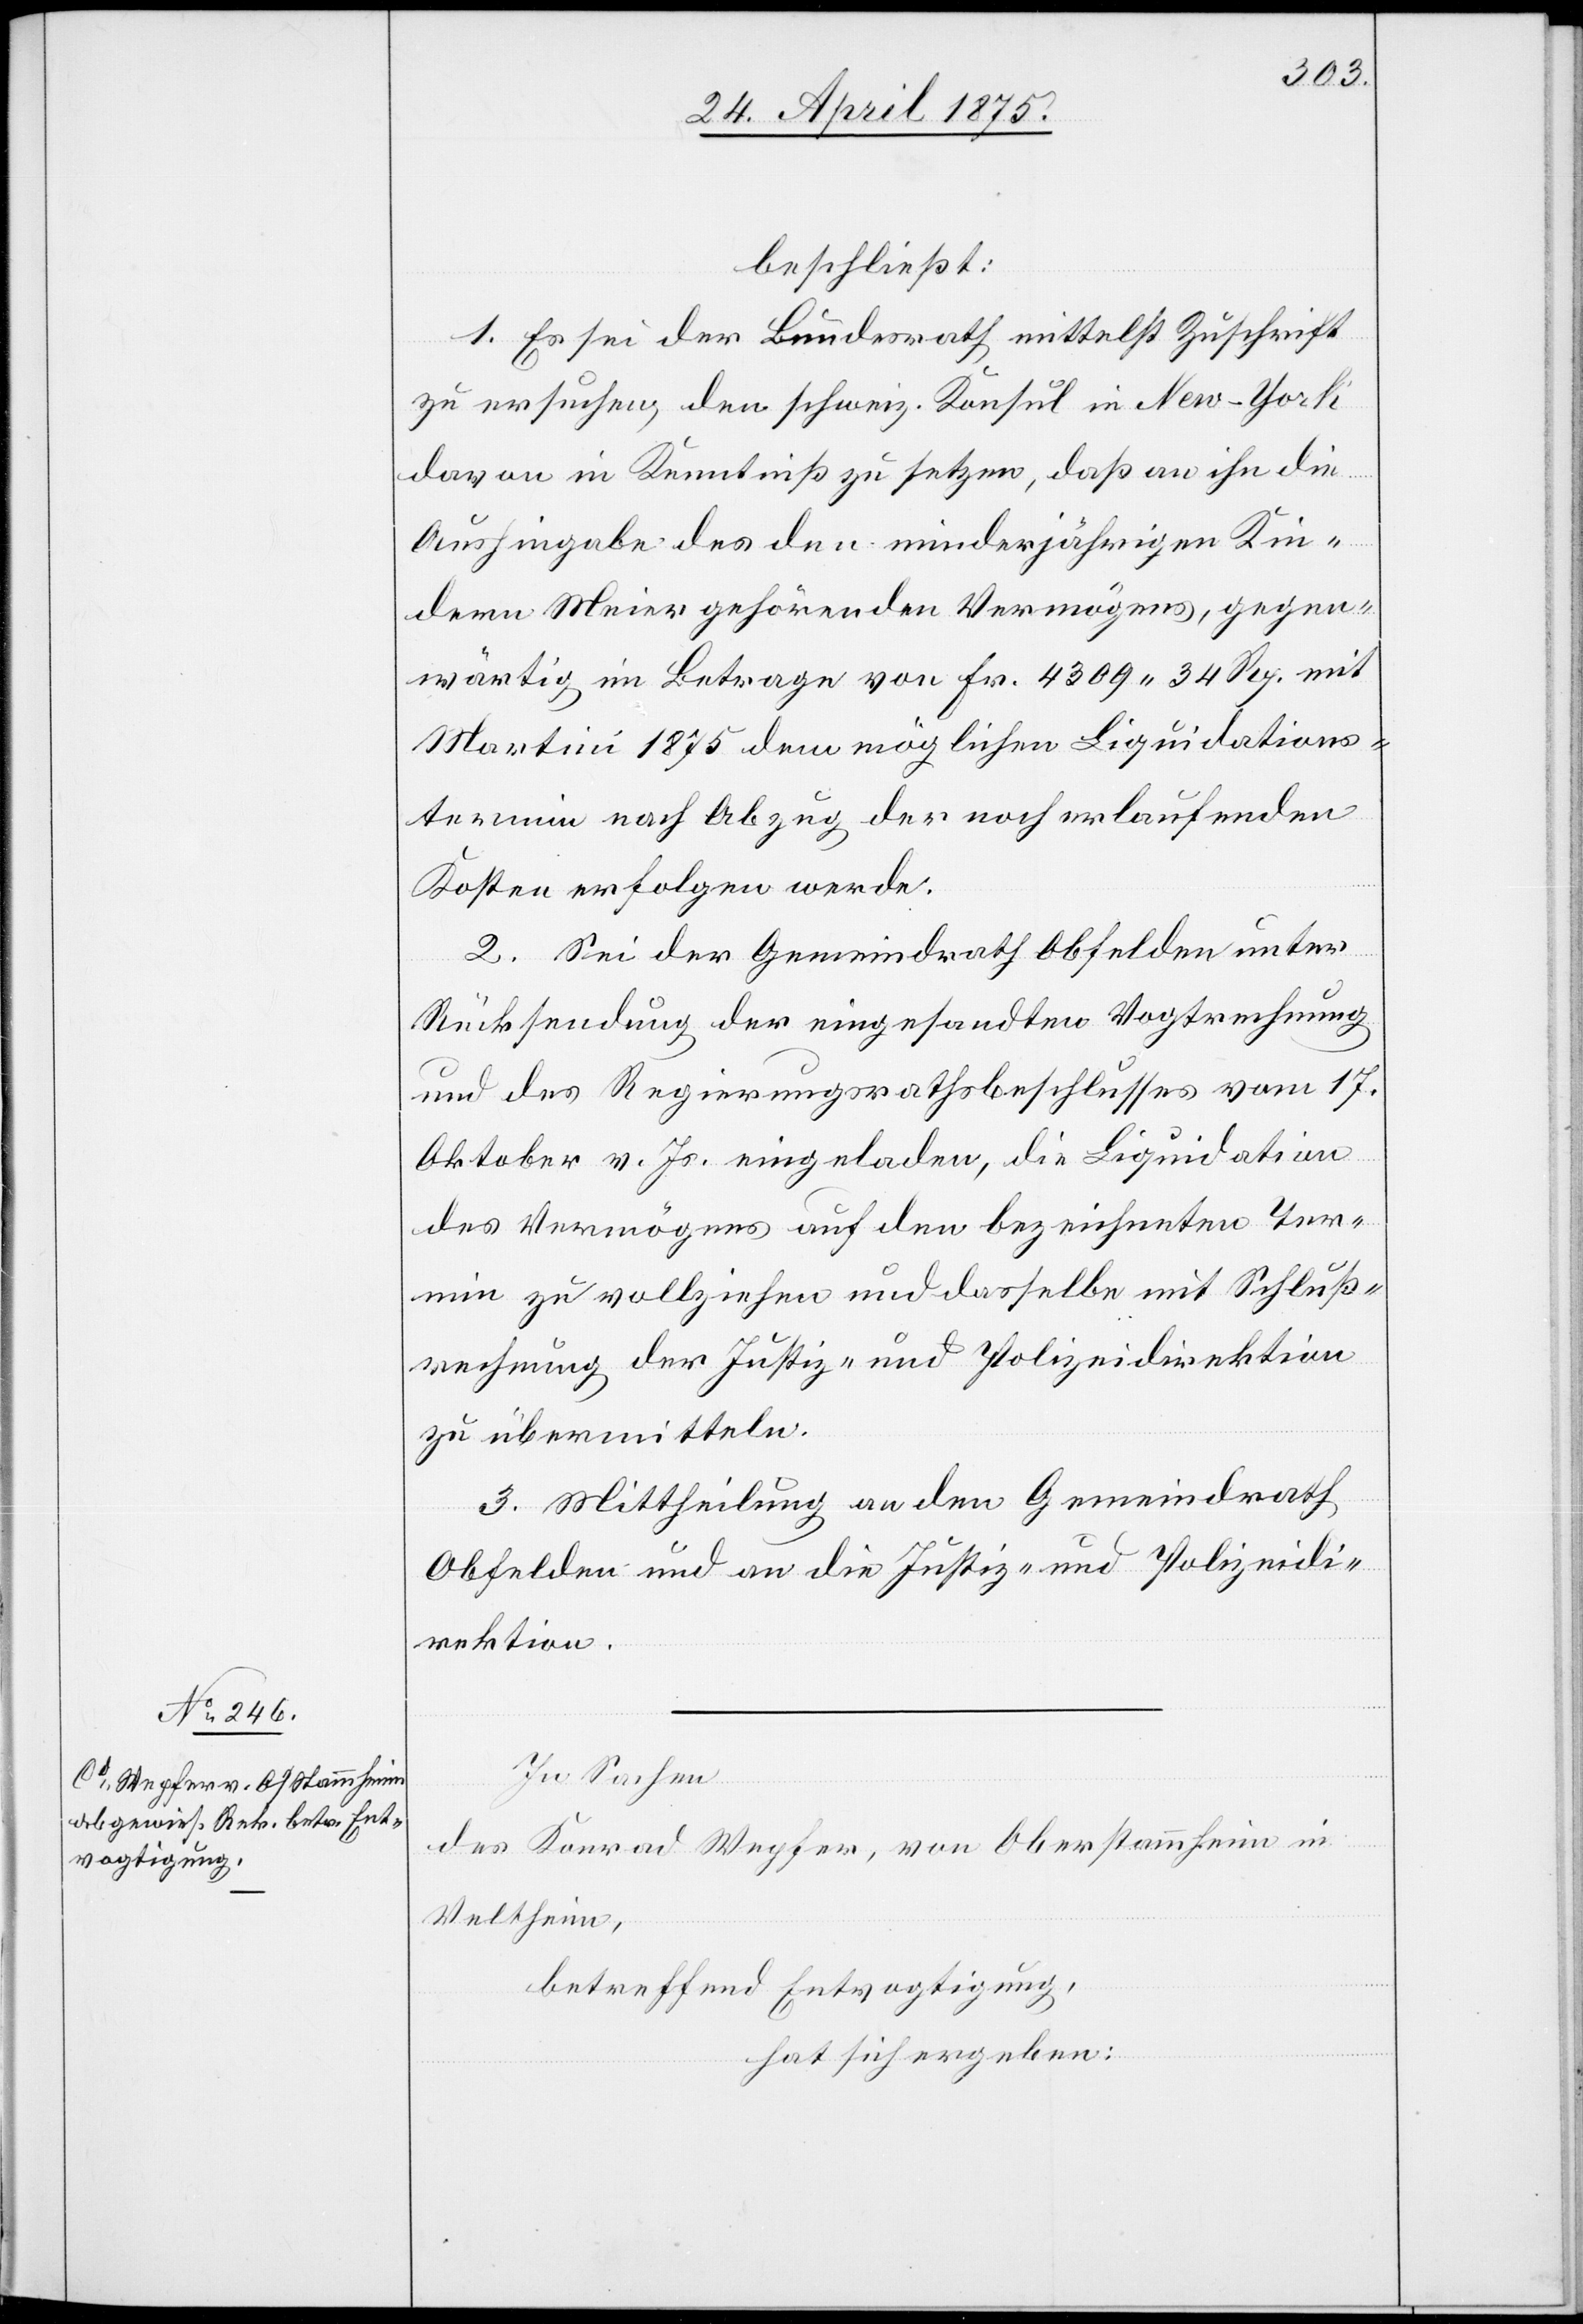
beschließt:
1. Es sei der Bundesrath mittelst Zuschrift
zu ersuchen, den schweiz. Konsul in New-York
davon in Kenntniß zu setzen, daß an ihn die
Aushingabe des den minderjährigen Kin¬
dern Meier gehörenden Vermögens, gegen¬
wärtig im Betrage von Fr. 4309 34 Rp. mit
Martini 1875 dem möglichen Liquidations¬
termin nach Abzug der noch erlaufenden
Kosten erfolgen werde.
2. Sei der Gemeindrath Obfelden unter
Rücksendung der eingesandten Vogtrechnung
und des Regierungsrathsbeschlusses vom 17.
Oktober v. Js. eingeladen, die Liquidation
des Vermögens auf den bezeichneten Ter¬
min zu vollziehen und dasselbe mit Schluß¬
rechnung der Justiz- und Polizeidirektion
zu übermitteln.
3. Mittheilung an den Gemeindrath
Obfelden und an die Justiz- und Polizeidi¬
rektion.
In Sachen
des Konrad Wegher, von Oberstammheim in
Veltheim,
betreffend Entvogtigung,
hat sich ergeben: